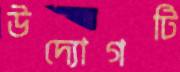
উদ্যোগটি